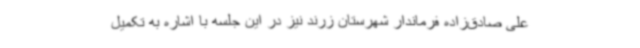
علی صادق‌زاده فرماندار شهرستان زرند نیز در این جلسه با اشاره به تکمیل